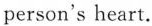
person's heart.